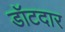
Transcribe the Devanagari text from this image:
डॉटदार